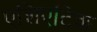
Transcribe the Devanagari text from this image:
एशिएटिक